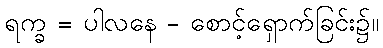
ရက္ခ = ပါလနေ - စောင့်ရှောက်ခြင်း၌။